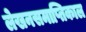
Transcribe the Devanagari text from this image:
लेखनसमाप्तिकाल